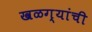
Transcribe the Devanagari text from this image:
खळग्यांची